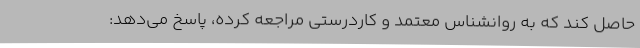
حاصل کند که به روانشناس معتمد و کاردرستی مراجعه کرده، پاسخ می‌دهد: